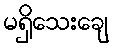
မရှိသေးချေ